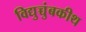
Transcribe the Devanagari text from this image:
विद्युच्चुंबकीथ